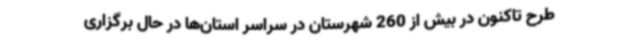
طرح تاکنون در بیش از 260 شهرستان در سراسر استان‌ها در حال برگزاری